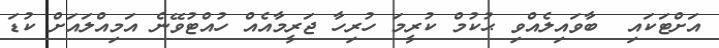
އަށްޓަކައި  ބާވައިލެއްވި ޙުކުމް ކުރީމަ ހުރިހާ ޖަރީމާއެއް ހުއްޓުވޭނެ އަމިއްލައަށް ކުޑަ